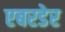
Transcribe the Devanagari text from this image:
एबरडेर